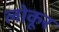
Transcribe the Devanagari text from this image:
लोकूर